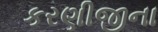
કરણીજીના